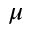
\mu